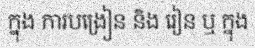
ក្នុង ការបង្រៀន និង រៀន ឬ ក្នុង